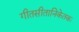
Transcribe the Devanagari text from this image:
गीतसीतानिकेतकः